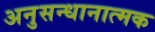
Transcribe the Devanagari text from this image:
अनुसन्धानात्मक